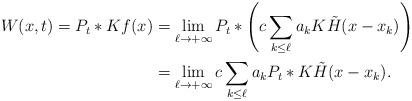
LaTeX: \begin{align*}W(x,t) = P_t \ast Kf(x) & = \lim_{\ell\to+\infty} P_t \ast \left(c \sum_{k\leq \ell} a_k K\tilde{H}(x-x_k) \right) \\& = \lim_{\ell\to+\infty} c \sum_{k\leq \ell} a_k P_t \ast K\tilde{H}(x-x_k).\end{align*}